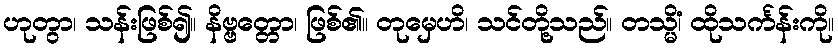
ဟုတွာ၊ သန်းဖြစ်၍။ နိဗ္ဗတ္တော၊ ဖြစ်၏။ တုမှေဟိ၊ သင်တို့သည်။ တသ္မိံ၊ ထိုသင်္ကန်းကို။